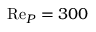
\mathrm { R e } _ { P } = 3 0 0